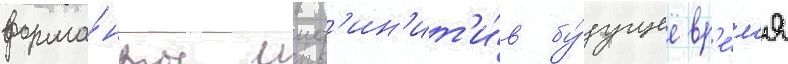
форма́нты инф'ин'ит'и́в бу́дущее вр'е́м'я